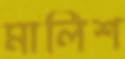
মালিশ